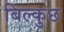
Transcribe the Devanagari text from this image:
बिल्कुछ